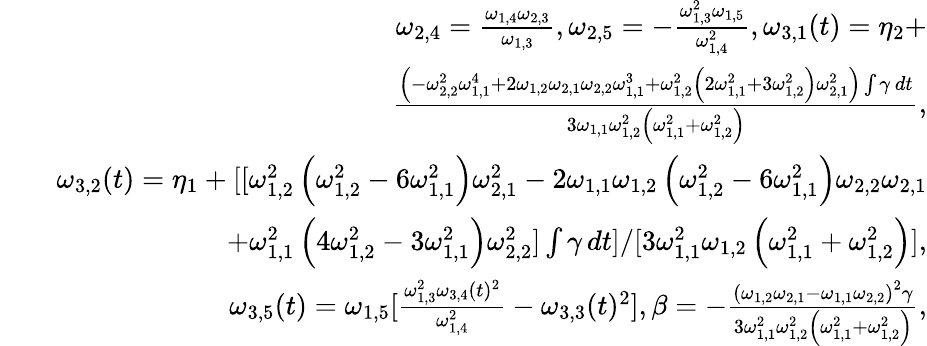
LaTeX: \begin{array}{rlr}&{}&{\omega_{2,4}=\frac{\omega_{1,4}\omega_{2,3}}{\omega_{1,3}},\omega_{2,5}=-\frac{\omega_{1,3}^{2}\omega_{1,5}}{\omega_{1,4}^{2}},\omega_{3,1}(t)=\eta_{2}+}\\ &{}&{\frac{\left(-\omega_{2,2}^{2}\omega_{1,1}^{4}+2\omega_{1,2}\omega_{2,1}\omega_{2,2}\omega_{1,1}^{3}+\omega_{1,2}^{2}\left(2\omega_{1,1}^{2}+3\omega_{1,2}^{2}\right)\omega_{2,1}^{2}\right)\int\gamma\, dt}{3\omega_{1,1}\omega_{1,2}^{2}\left(\omega_{1,1}^{2}+\omega_{1,2}^{2}\right)},}\\ &{}&{\omega_{3,2}(t)=\eta_{1}+[[\omega_{1,2}^{2}\left(\omega_{1,2}^{2}-6\omega_{1,1}^{2}\right)\omega_{2,1}^{2}-2\omega_{1,1}\omega_{1,2}\left(\omega_{1,2}^{2}-6\omega_{1,1}^{2}\right)\omega_{2,2}\omega_{2,1}}\\ &{}&{+\omega_{1,1}^{2}\left(4\omega_{1,2}^{2}-3\omega_{1,1}^{2}\right)\omega_{2,2}^{2}]\int\gamma\, dt]/[3\omega_{1,1}^{2}\omega_{1,2}\left(\omega_{1,1}^{2}+\omega_{1,2}^{2}\right)],}\\ &{}&{\omega_{3,5}(t)=\omega_{1,5}[\frac{\omega_{1,3}^{2}\omega_{3,4}(t)^{2}}{\omega_{1,4}^{2}}-\omega_{3,3}(t)^{2}],\beta=-\frac{\left(\omega_{1,2}\omega_{2,1}-\omega_{1,1}\omega_{2,2}\right)^{2}\gamma}{3\omega_{1,1}^{2}\omega_{1,2}^{2}\left(\omega_{1,1}^{2}+\omega_{1,2}^{2}\right)},}\end{array}